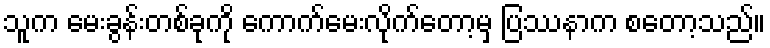
သူက မေးခွန်းတစ်ခုကို ကောက်မေးလိုက်တော့မှ ပြဿနာက စတော့သည်။